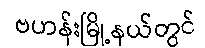
ဗဟန်းမြို့နယ်တွင်